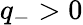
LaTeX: q_{-}>0